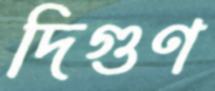
দিগুণ